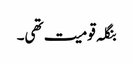
بنگلہ قومیت تھی۔